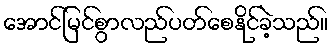
အောင်မြင်စွာလည်ပတ်စေနိုင်ခဲ့သည်။